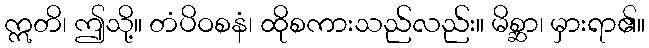
ဣတိ၊ ဤသို့။ တံပိဝစနံ၊ ထိုစကားသည်လည်း။ မိစ္ဆာ၊ မှားရာ၏။